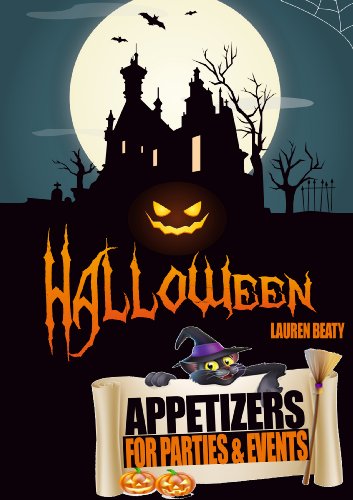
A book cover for Halloween Appetizers for Parties and Events; Lauren Beaty; Cookbooks, Food & Wine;